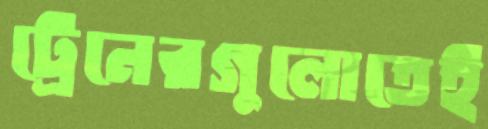
ট্রেনেরগুলোতেই